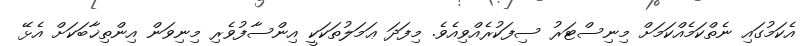
އެކަމުގައި ނެތްކަމެއްކަމަށް މިނިސްޓަރު ސިފަކުރެއްވިއެވެ. މިފަދަ ޢަމަލުތަކަކީ އިންސާފުވެރި މިނިވަން އިންތިޚާބަކަށް އެޅޭ